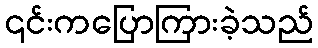
၎င်းကပြောကြားခဲ့သည်